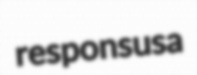
responsusa